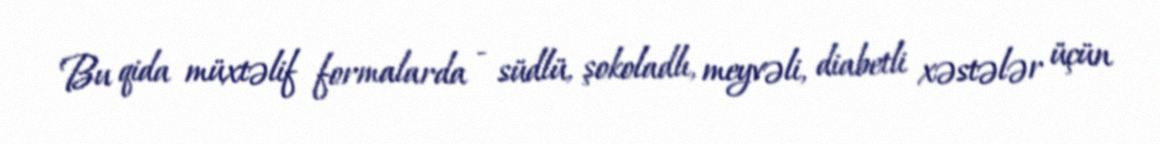
Bu qida müxtəlif formalarda - südlü, şokoladlı, meyvəli, diabetli xəstələr üçün